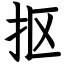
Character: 抠